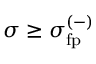
\sigma \geq \sigma _ { \mathrm { f p } } ^ { ( - ) }